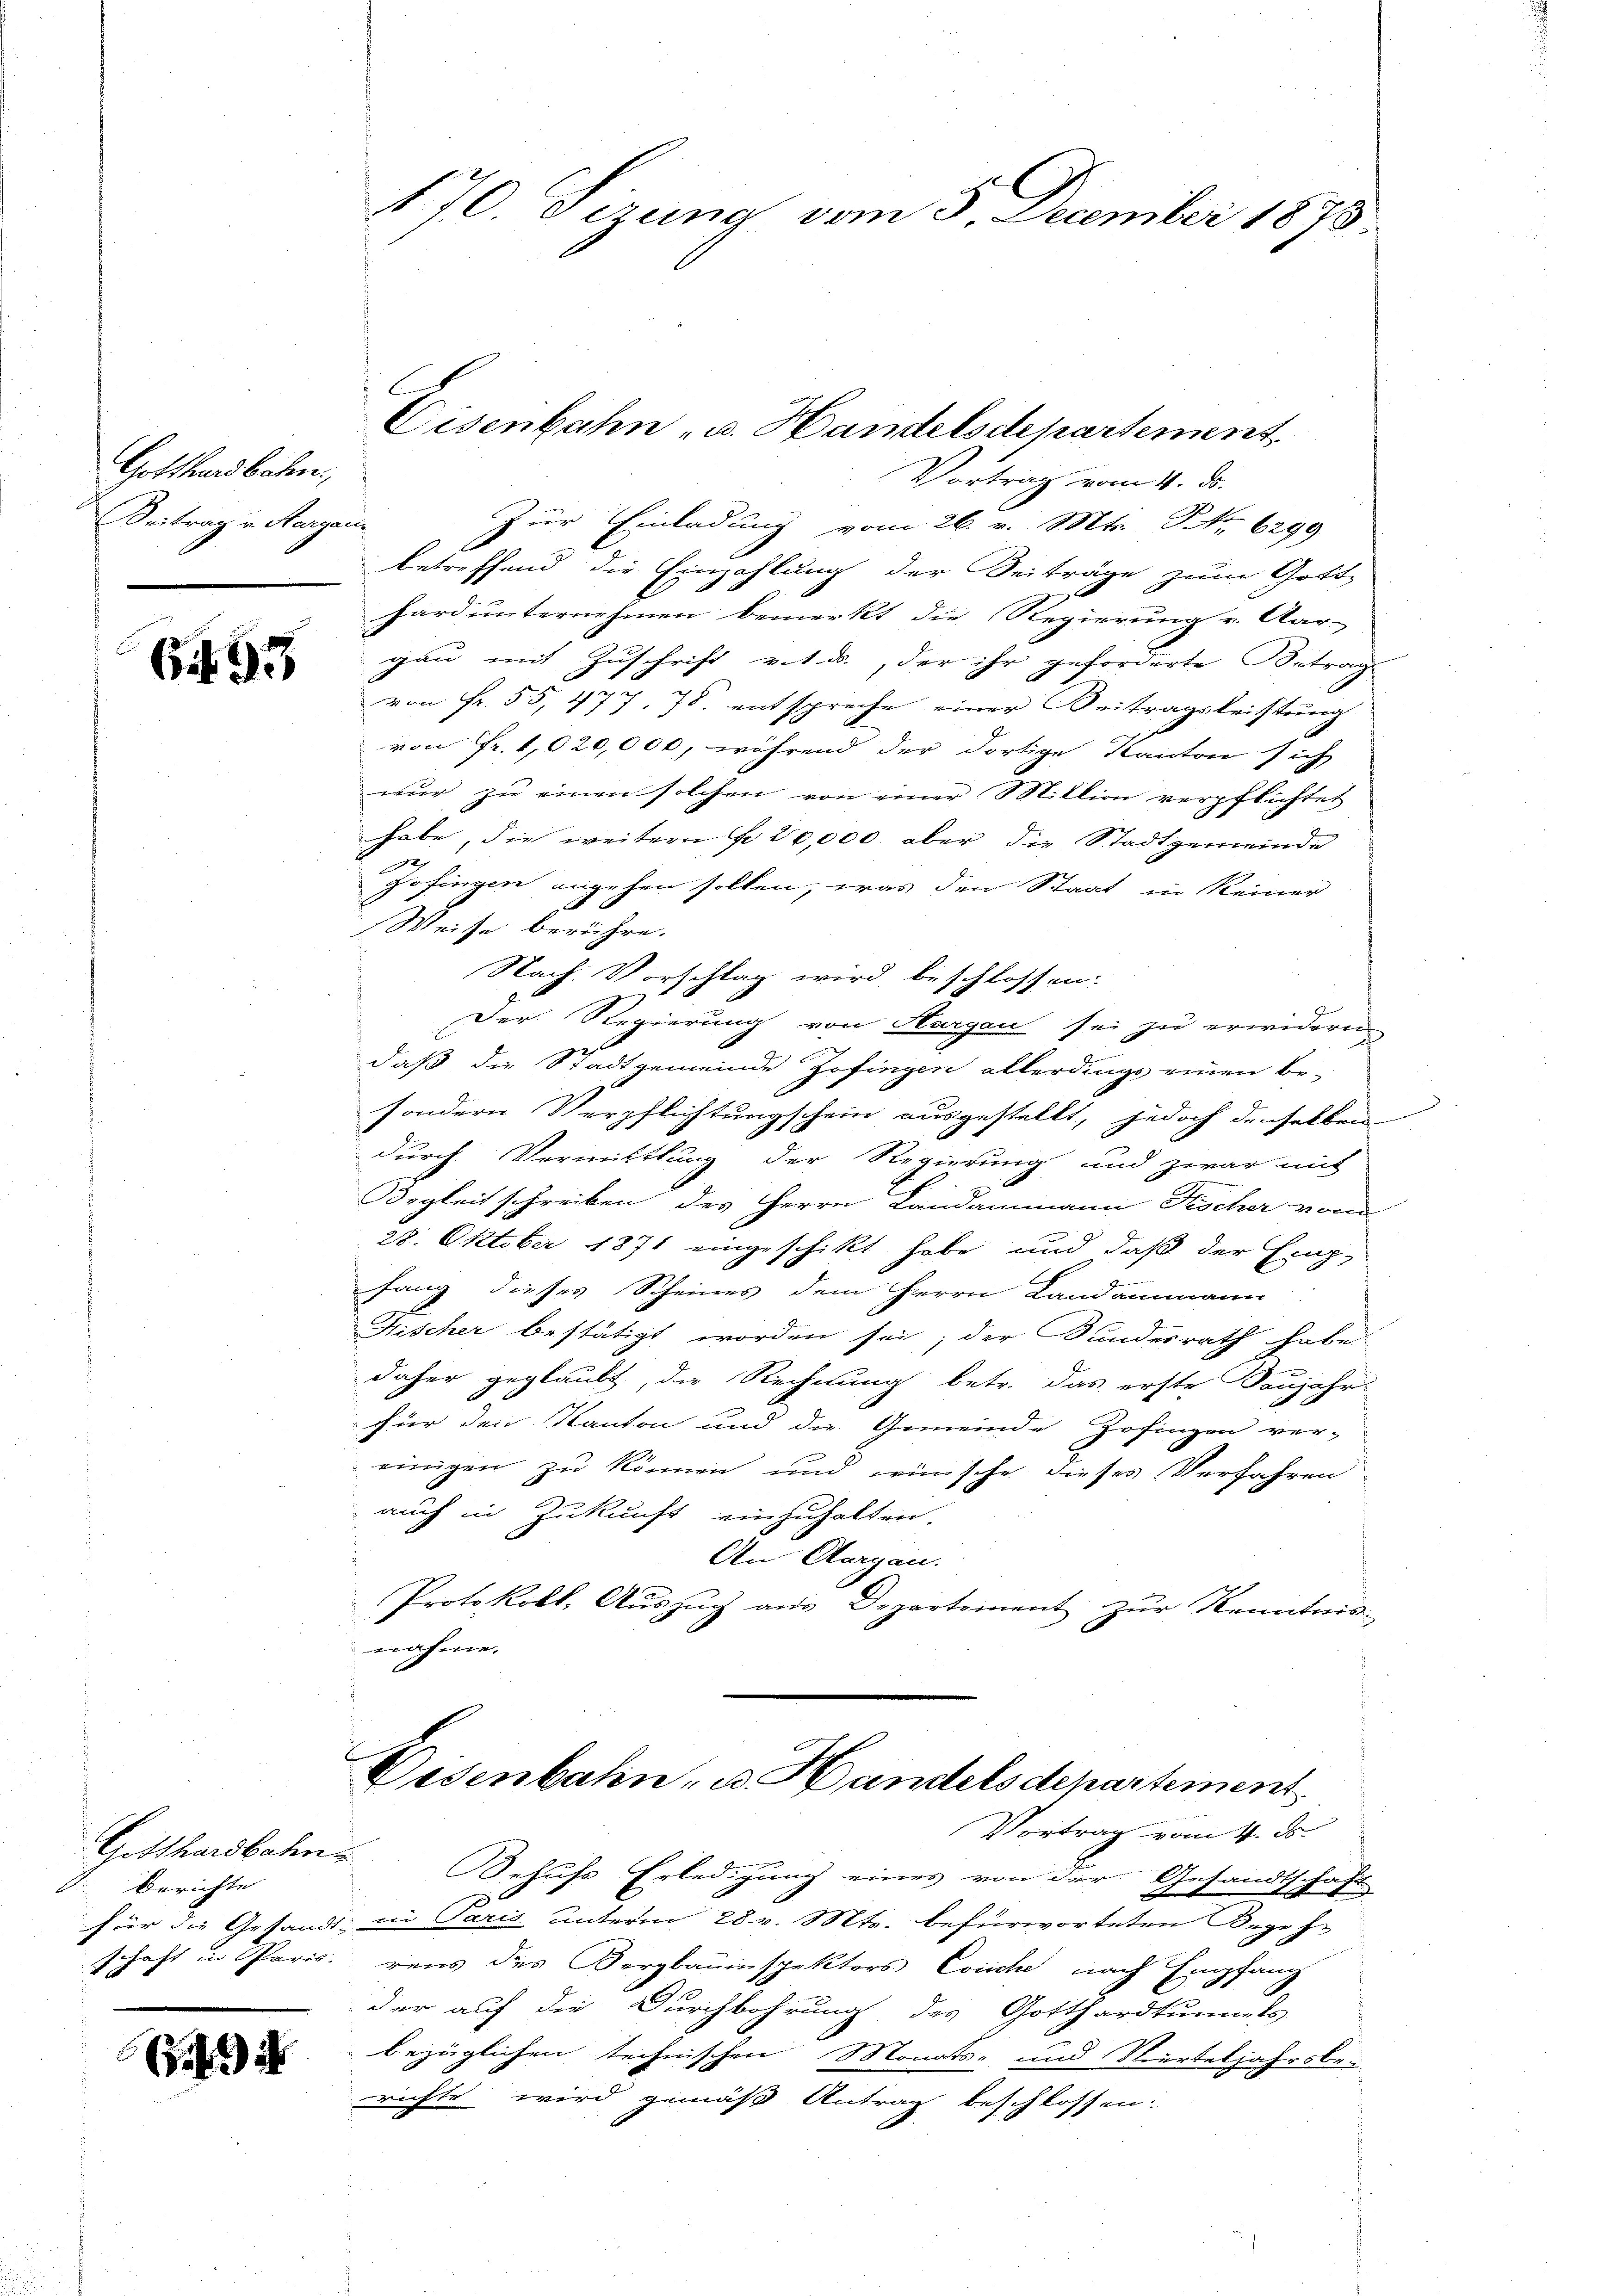
Gotthardbahn.
Beitrag v. Hergan

6493

Gotthardbahn
Berichte
für die Gefand-
schaft in Paris.

170 Sirung vom 3. December 1873

Eisenbahn u. Handelsdepartement
Vortrag vom 4. ds.

Zur Einladung vom 26. v. Mts. No 6299
betreffend die Einzahlung der Beiträge zum Gott-
hard unternehmen bemerkt die Regierung u. Aar-
gau mit Zuschrift v. 1. d., der ihr geforderte Betrag
von Fr. 55, 477, 78. entspreche einer Beitragsleistung
von Fr. 1020,000, während der dortige Kanton sich
wur zu einen solchen von einer Million verpflichtet
habe, die weitern Fr. 20,000 aber die Stadtgemeinde
Zofingen angehen sollen, was den Staat in keiner
Weise berühre.
Nach Vorschlag wird beschlossen:
Der Regierung von Aargau sei zu erwidern
daß die Stadtgemeinde Zofingen allerdings einen be-
sondern Verpflichtungschein ausgestellt, jedoch denselben
durch Vermittlung der Regierung und zwar mit
Begleit schreiben des Herrn Landammann Kocher vom
28. Oktober 1871 eingeschikt habe, und daß der Erz-
fang dieses Scheines dem Herrn Landammann
Nischer bestätigt worden sei; der Bundesrath habe
daher geglaubt, die Rechnung betr. das erste Neujahr-
für den Kanton und die Gemeinde Zofingen ver-
einigen zu können und wünsche dieses Verfahren
auch in Zukunft einzuhalten
An Aargau.
Protokoll, Auszug aus Departement zur Kenntnis-
nahme.

Desenbahn, u. Handelsdepartement
Vortrag vom 4. ds.

Behufs Erledigung eines von der Gesandtschaft
1. in Paris unterm 28. v. Mts. befürworteten Begeh-
rens des Bergbauinspektors Conche nach Empfang
der auf die Durchbohrung des Gotthardtunnels
bezüglichen technischen Monats- und Vierteljahrsbe-
richte wird gemäß Antrag beschlossen: